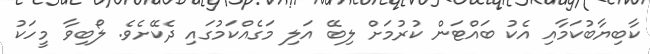
ކާބިޔާބުކަމާއި އެކު ބައްޓަން ކުރުމަށް ލިބޭ އަލި މަގެއްކަމުގައި ދެކޭށެވެ. ލޯބިވާ މީހަކު